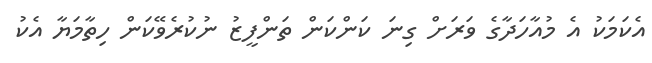
އެކަމަކު އެ މުއާހަދާގެ ވަރަށް ގިނަ ކަންކަން ތަންފީޒު ނުކުރެވޭކަން ހިތާމަޔާ އެކު